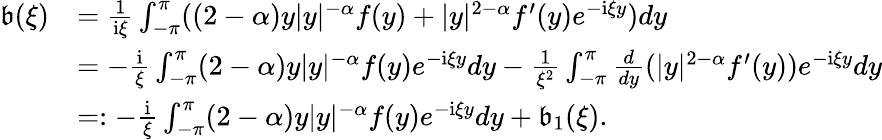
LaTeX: \begin{array}{rl}{\mathfrak{b}(\xi)}&{=\frac{1}{\mathrm{i}\xi}\int_{-\pi}^{\pi}((2-\alpha)y|y|^{-\alpha}f(y)+|y|^{2-\alpha}f^{\prime}(y)e^{-\mathrm{i}\xi y})dy}\\ &{=-\frac{\mathrm{i}}{\xi}\int_{-\pi}^{\pi}(2-\alpha)y|y|^{-\alpha}f(y)e^{-\mathrm{i}\xi y}dy-\frac{1}{\xi^{2}}\int_{-\pi}^{\pi}\frac{d}{dy}(|y|^{2-\alpha}f^{\prime}(y))e^{-\mathrm{i}\xi y}dy}\\ &{=:-\frac{\mathrm{i}}{\xi}\int_{-\pi}^{\pi}(2-\alpha)y|y|^{-\alpha}f(y)e^{-\mathrm{i}\xi y}dy+\mathfrak{b}_{1}(\xi).}\end{array}